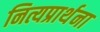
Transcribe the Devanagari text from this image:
नित्यप्रार्थना